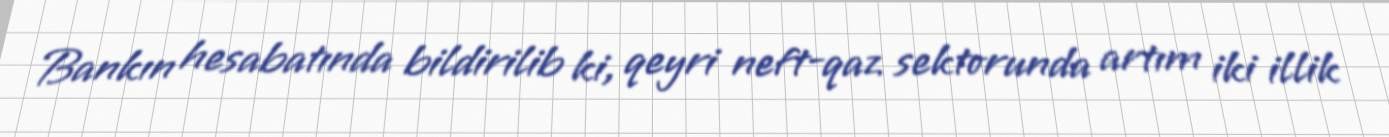
Bankın hesabatında bildirilib ki, qeyri neft-qaz sektorunda artım iki illik